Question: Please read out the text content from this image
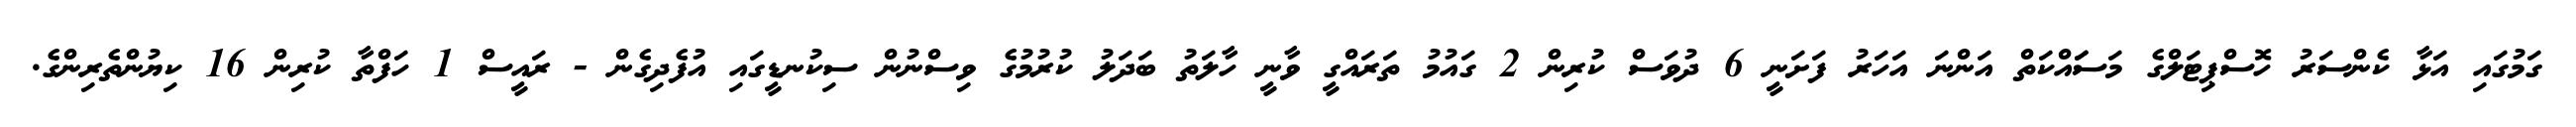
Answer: ގަމުގައި އަޅާ ކެންސަރު ހޮސްޕިޓަލްގެ މަސަައްކަތް އަންނަ އަހަރު ފަށަނީ 6 ދުވަސް ކުރިން 2 ގައުމު ތަރައްގީ ވާނީ ހާލަތު ބަދަލު ކުރުމުގެ ވިސްނުން ސިކުނޑީގައި އުފެދިގެން - ރައީސް 1 ހަފްތާ ކުރިން 16 ކިޔުންތެރިންގެ.